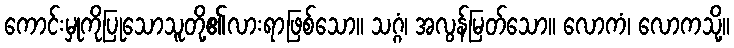
ကောင်းမှုကိုပြုသောသူတို့၏လားရာဖြစ်သော။ သဂ္ဂံ၊ အလွန်မြတ်သော။ လောကံ၊ လောကသို့။